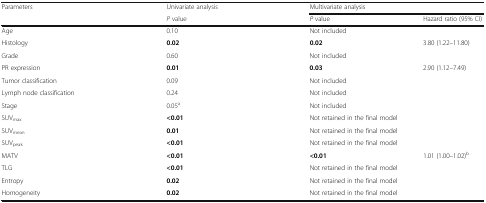
<table><thead><tr><td rowspan="2"><b>Parameters</b></td><td><b>Univariate analysis</b></td><td colspan="2"><b>Multivariate analysis</b></td></tr><tr><td><b><i>P</i> value</b></td><td><b><i>P</i> value</b></td><td><b>Hazard ratio (95% CI)</b></td></tr></thead><tbody><tr><td>Age</td><td>0.10</td><td colspan="2">Not included</td></tr><tr><td>Histology</td><td><b>0.02</b></td><td><b>0.02</b></td><td>3.80 (1.22–11.80)</td></tr><tr><td>Grade</td><td>0.60</td><td colspan="2">Not included</td></tr><tr><td>PR expression</td><td><b>0.01</b></td><td><b>0.03</b></td><td>2.90 (1.12–7.49)</td></tr><tr><td>Tumor classification</td><td>0.09</td><td colspan="2">Not included</td></tr><tr><td>Lymph node classification</td><td>0.24</td><td colspan="2">Not included</td></tr><tr><td>Stage</td><td>0.05<sup>a</sup></td><td colspan="2">Not included</td></tr><tr><td>SUV<sub>max</sub></td><td><b>&lt;0.01</b></td><td colspan="2">Not retained in the final model</td></tr><tr><td>SUV<sub>mean</sub></td><td><b>0.01</b></td><td colspan="2">Not retained in the final model</td></tr><tr><td>SUV<sub>peak</sub></td><td><b>&lt;0.01</b></td><td colspan="2">Not retained in the final model</td></tr><tr><td>MATV</td><td><b>&lt;0.01</b></td><td><b>&lt;0.01</b></td><td>1.01 (1.00–1.02)<sup>b</sup></td></tr><tr><td>TLG</td><td><b>&lt;0.01</b></td><td colspan="2">Not retained in the final model</td></tr><tr><td>Entropy</td><td><b>0.02</b></td><td colspan="2">Not retained in the final model</td></tr><tr><td>Homogeneity</td><td><b>0.02</b></td><td colspan="2">Not retained in the final model</td></tr></tbody></table>